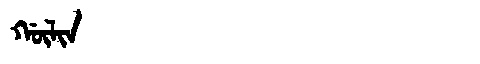
Manchu: ᡤᡡᠯᡳᠨ
Romanization: GŪLIN